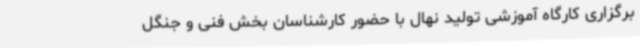
برگزاری کارگاه آموزشی تولید نهال با حضور کارشناسان بخش فنی و جنگل